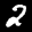
Label: 2